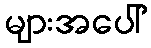
များအပေါ်